Source: Handwritten
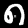
Digit: ၈ (8)